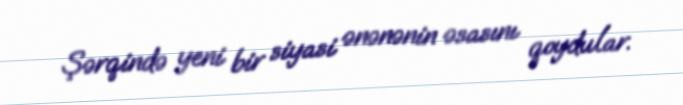
Şərqində yeni bir siyasi ənənənin əsasını qoydular.